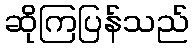
ဆိုကြပြန်သည်